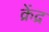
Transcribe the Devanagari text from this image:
क्रेंद्र